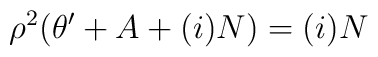
\rho^2 (\theta'+A+(i)N) = (i)N